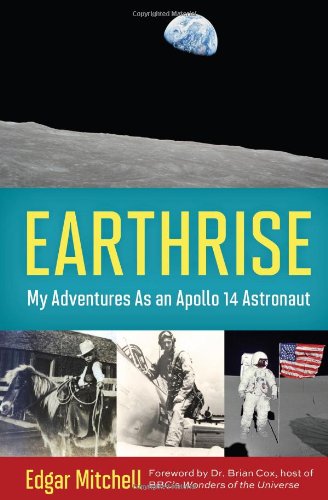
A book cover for Earthrise: My Adventures as an Apollo 14 Astronaut; Edgar Mitchell; Teen & Young Adult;